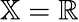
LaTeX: \mathbb{X}=\mathbb{R}